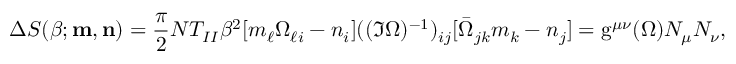
\Delta S ( \beta ; { \bf m } , { \bf n } ) = \frac { \pi } { 2 } N T _ { I I } \beta ^ { 2 } [ m _ { \ell } \Omega _ { \ell i } - n _ { i } ] ( ( \Im \Omega ) ^ { - 1 } ) _ { i j } [ \bar { \Omega } _ { j k } m _ { k } - n _ { j } ] = \mathrm { g } ^ { \mu \nu } ( \Omega ) { \cal N } _ { \mu } { \cal N } _ { \nu } ,